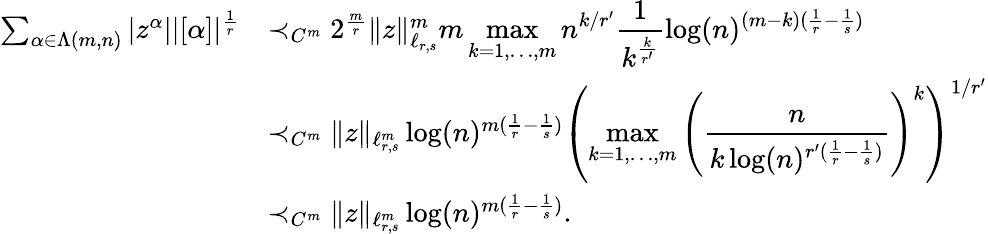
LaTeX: \begin{array}{rl}{\sum_{\alpha\in\Lambda(m,n)}|z^{\alpha}||[\alpha]|^{\frac{1}{r}}}&{\prec_{C^{m}}2^{\frac{m}{r}}\| z\| _{\ell_{r,s}}^{m}m\displaystyle\operatorname*{max}_{k=1,\ldots,m}n^{k/r^{\prime}}\frac{1}{k^{\frac{k}{r^{\prime}}}}\log(n)^{(m-k)(\frac{1}{r}-\frac{1}{s})}}\\ &{\prec_{C^{m}}\| z\| _{\ell_{r,s}^{m}}\log(n)^{m(\frac{1}{r}-\frac{1}{s})}\left(\displaystyle\operatorname*{max}_{k=1,\ldots,m}\left(\frac{n}{k\log(n)^{r^{\prime}(\frac{1}{r}-\frac{1}{s})}}\right)^{k}\right)^{1/r^{\prime}}}\\ &{\prec_{C^{m}}\| z\| _{\ell_{r,s}^{m}}\log(n)^{m(\frac{1}{r}-\frac{1}{s})}.}\end{array}